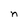
Character: n